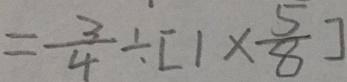
= \frac { 3 } { 4 } \div [ 1 \times \frac { 5 } { 8 } ]